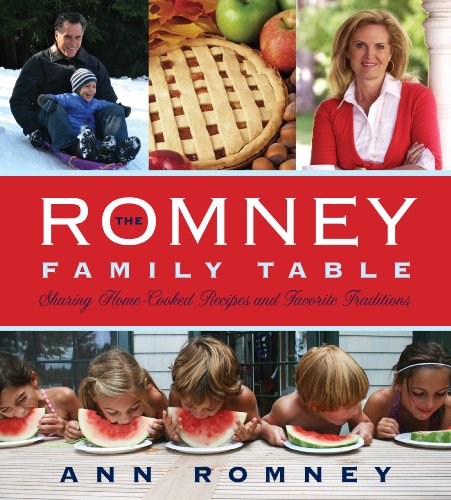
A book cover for The Romney Family Table: Sharing Home-Cooked Recipes & Favorite Traditions; Ann Romney; Cookbooks, Food & Wine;